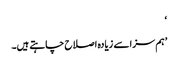
‘
’ہم سزا سے زیادہ اصلاح چاہتے ہیں۔